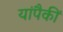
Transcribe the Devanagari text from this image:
यांपैकीं